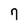
Character: 7